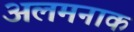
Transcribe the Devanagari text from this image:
अलमनाक